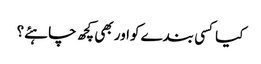
کیا کسی بندے کواور بھی کچھ چاہئے؟